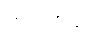
တပါတည်း